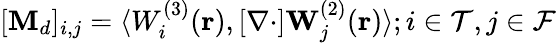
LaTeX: [\mathbf{M}_{d}]_{i,j}=\langle W_{i}^{(3)}(\mathbf{r}),[\mathbf{\nabla}\cdot]\mathbf{W}_{j}^{(2)}(\mathbf{r})\rangle;i\in\mathcal{T},j\in\mathcal{F}